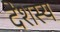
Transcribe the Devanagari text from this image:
देशस्य